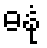
ဓနုံ